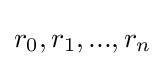
r_{0},r_{1},...,r_{n}